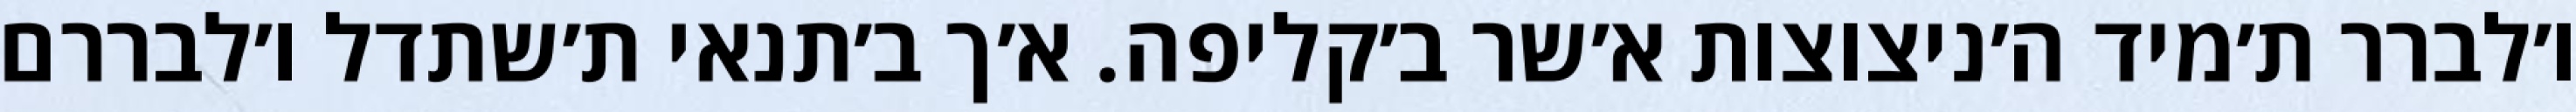
ו׳לברר ת׳מיד ה׳ניצוצות א׳שר ב׳קליפה. א׳ך ב׳תנאי ת׳שתדל ו׳לבררם